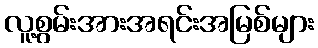
လူ့စွမ်းအားအရင်းအမြစ်များ